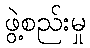
ဖွဲ့စည်းမှု